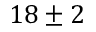
1 8 \pm 2